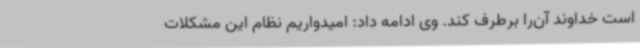
است خداوند آن‌را برطرف کند. وی ادامه داد: امیدواریم نظام این مشکلات